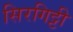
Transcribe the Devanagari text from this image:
सिरगिट्टी